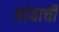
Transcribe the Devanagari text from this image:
गांवाची